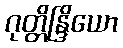
ဂုတ္တိန္ဒြိယော